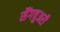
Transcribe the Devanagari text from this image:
सैंगचुअरी